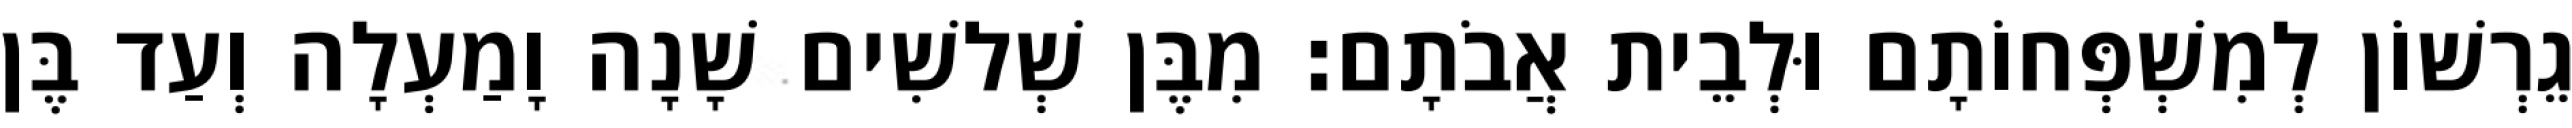
גֵרְשׁוֹן לְמִשְׁפְּחוֹתָם וּלְבֵית אֲבֹתָם׃ מִבֶּן שְׁלשִׁים שָׁנָה וָמַעְלָה וְעַד בֶּן